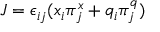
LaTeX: J = \epsilon _ { i j } ( x _ { i } \pi _ { j } ^ { x } + q _ { i } \pi _ { j } ^ { q } )